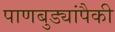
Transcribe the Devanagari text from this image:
पाणबुड्यांपैकी